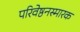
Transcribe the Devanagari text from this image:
परिवेष्ठनस्मारक